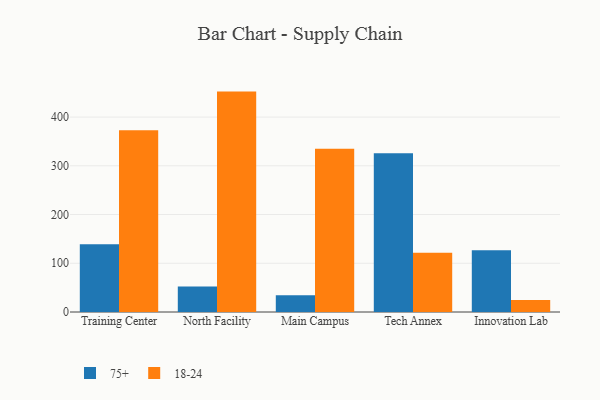
{"axis": {"x": "Campus", "y": "Shipments"}, "legend": ["18-24", "75+"], "data": [{"x": "Training Center", "y": 139.2, "type": "75+"}, {"x": "Training Center", "y": 373.2, "type": "18-24"}, {"x": "North Facility", "y": 52.5, "type": "75+"}, {"x": "North Facility", "y": 452.3, "type": "18-24"}, {"x": "Main Campus", "y": 34.2, "type": "75+"}, {"x": "Main Campus", "y": 335.2, "type": "18-24"}, {"x": "Tech Annex", "y": 325.6, "type": "75+"}, {"x": "Tech Annex", "y": 121.5, "type": "18-24"}, {"x": "Innovation Lab", "y": 126.8, "type": "75+"}, {"x": "Innovation Lab", "y": 24.6, "type": "18-24"}]}